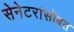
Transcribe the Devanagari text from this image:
सेनेटरांसोबत